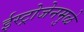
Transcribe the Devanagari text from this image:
ईस्ट्रोजेनमुळे